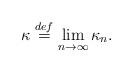
LaTeX: \begin{align*} \kappa \stackrel{def}{=} \lim_{n \to \infty} \kappa_n. \end{align*}